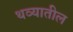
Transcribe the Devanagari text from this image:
थव्यातील